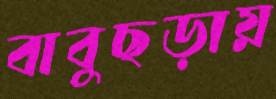
বাবুছড়ায়